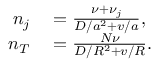
\begin{array} { r l } { n _ { j } } & { { } = \frac { \nu + \nu _ { j } } { D / a ^ { 2 } + v / a } , } \\ { n _ { T } } & { { } = \frac { N \nu } { D / R ^ { 2 } + v / R } . } \end{array}